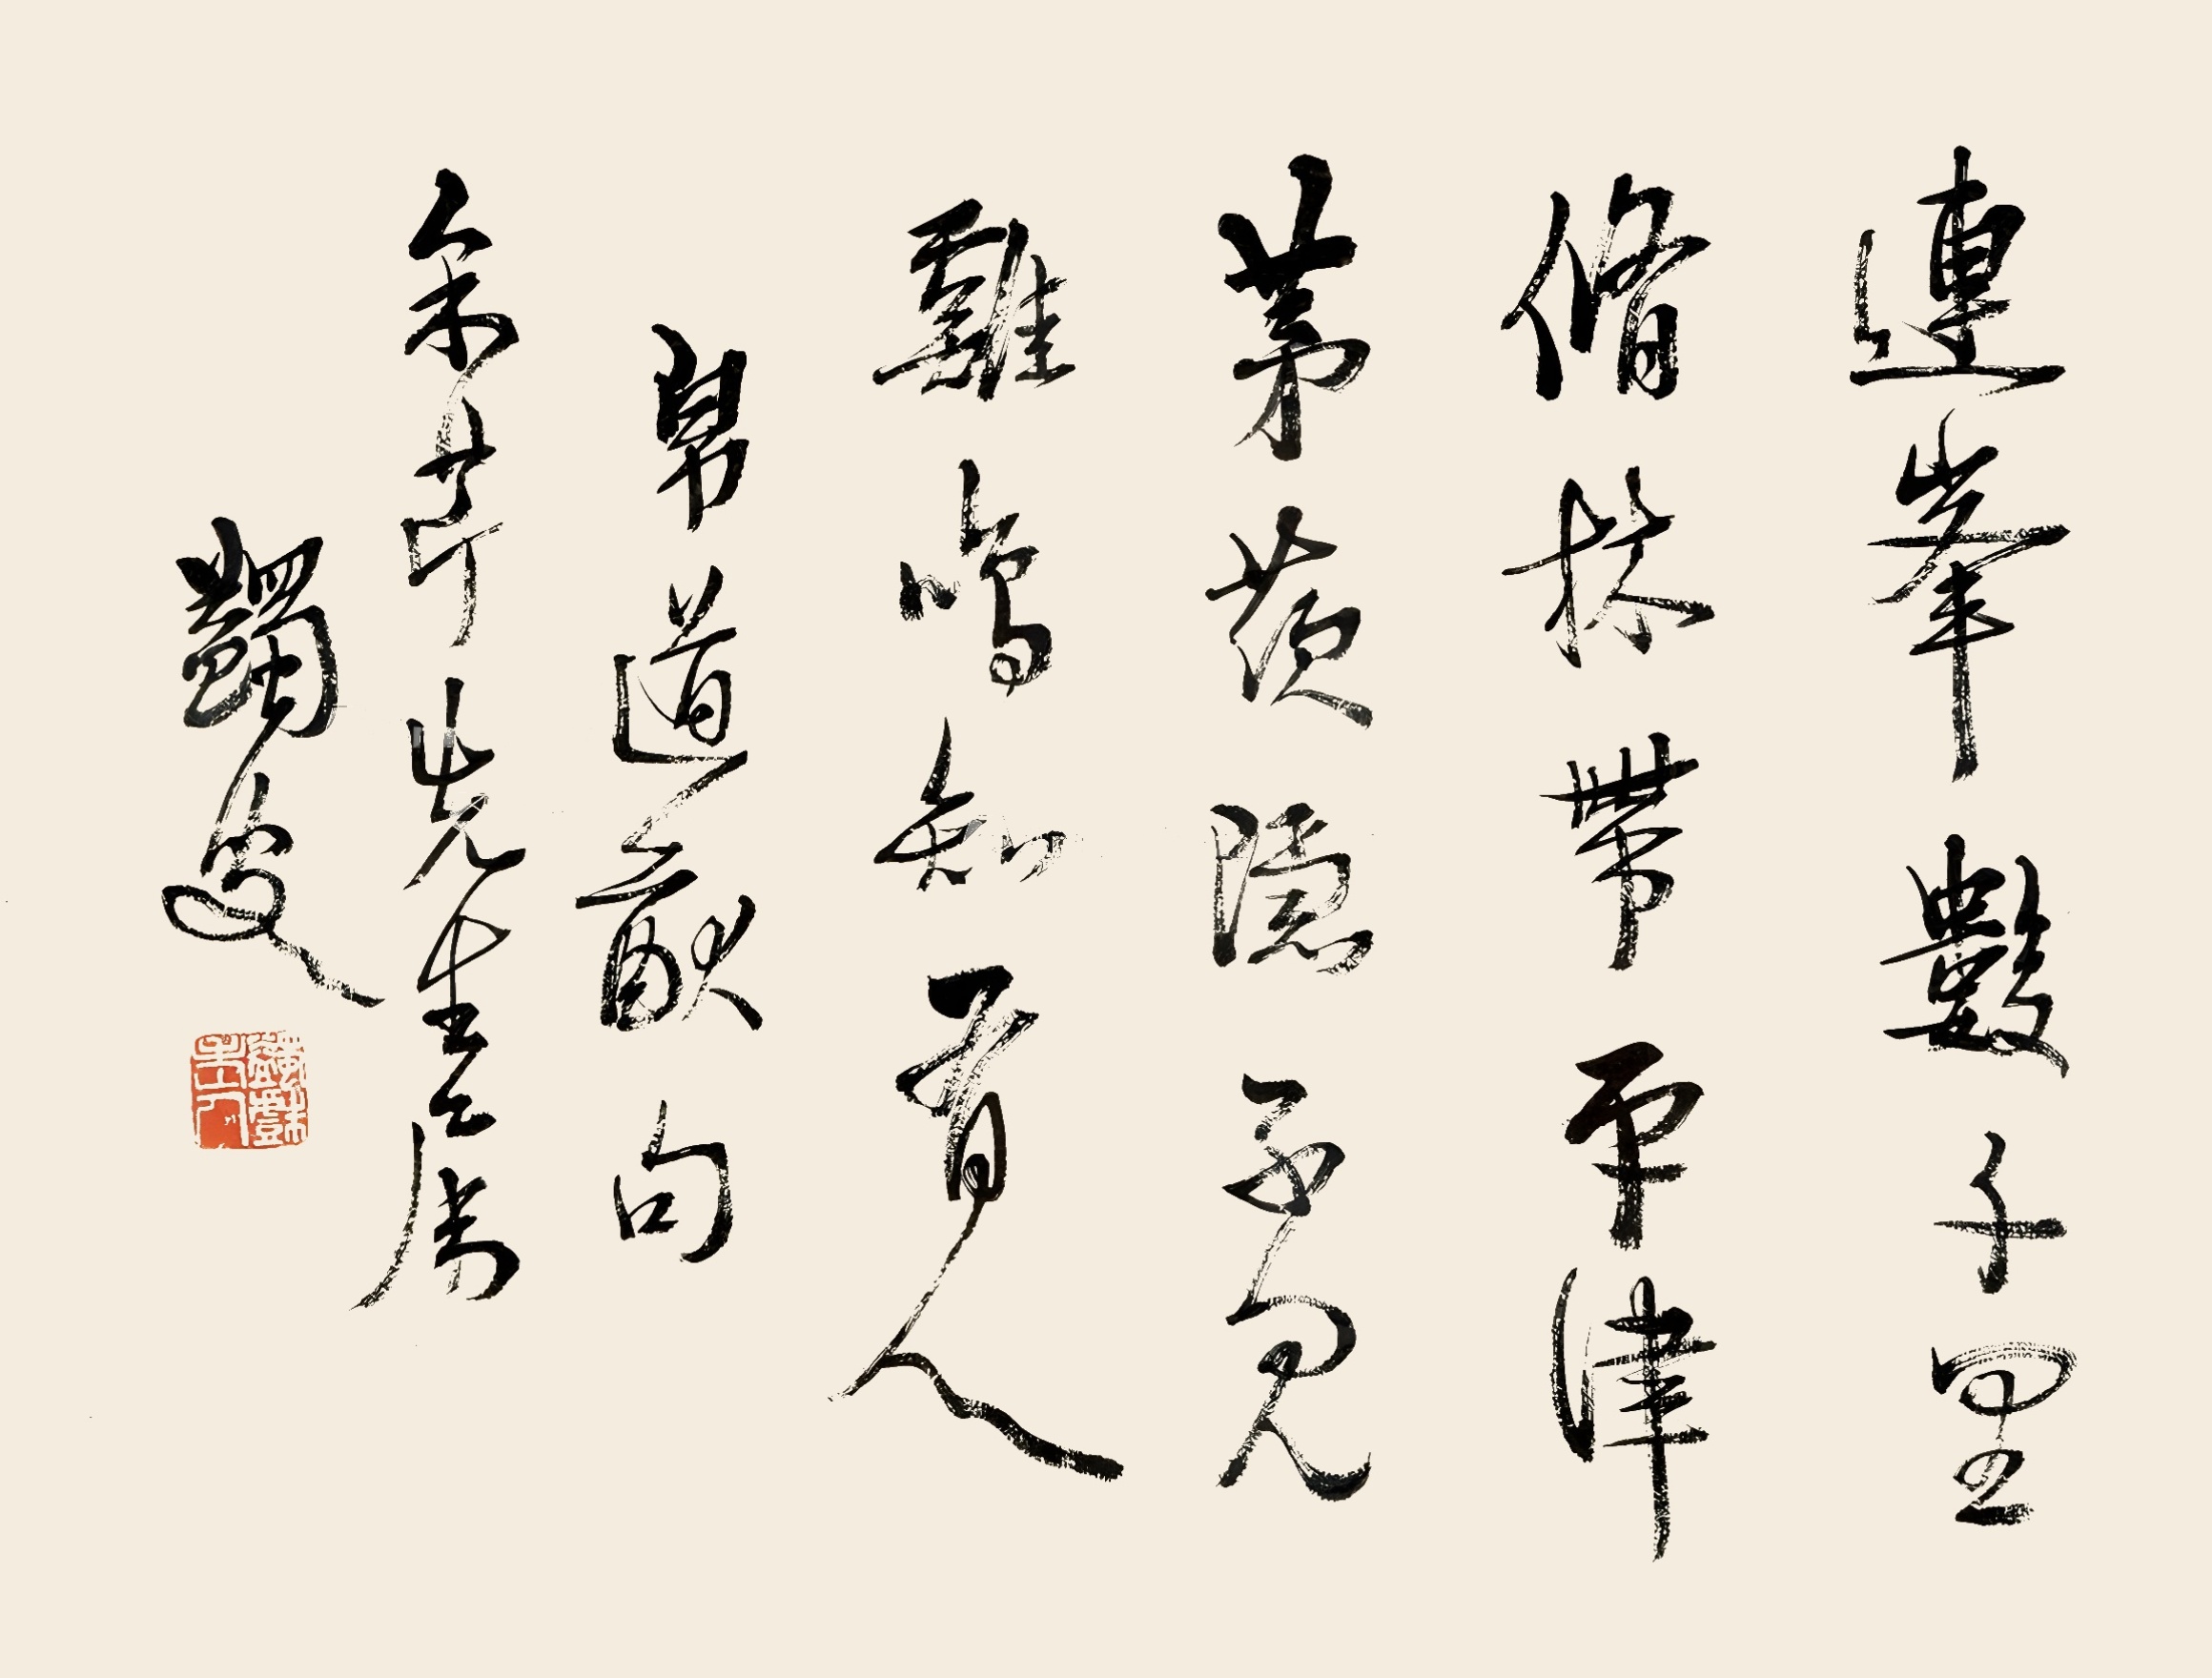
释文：连峰数千里，修林带平津。茅茨隐不见，鸡鸣知有人。帛道猷句。宋芹先生属，蠲叟。